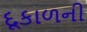
દૂકાળની